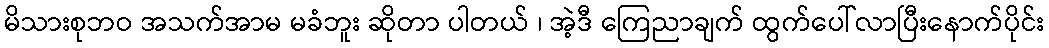
မိသားစုဘဝ အသက်အာမ မခံဘူး ဆိုတာ ပါတယ် ၊ အဲ့ဒီ ကြေညာချက် ထွက်ပေါ်လာပြီးနောက်ပိုင်း